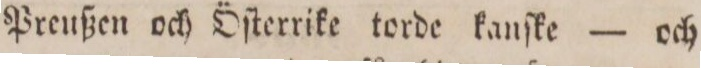
Preußen och Öſterrike torde kanſke — och